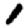
Digit: 1